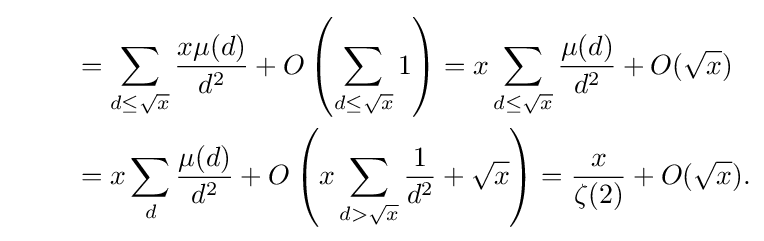
{\begin{aligned}{\phantom {Q(x)}}&=\sum _{d\leq {\sqrt {x}}}{\frac {x\mu (d)}{d^{2}}}+O\left(\sum _{d\leq {\sqrt {x}}}1\right)=x\sum _{d\leq {\sqrt {x}}}{\frac {\mu (d)}{d^{2}}}+O({\sqrt {x}})\\&=x\sum _{d}{\frac {\mu (d)}{d^{2}}}+O\left(x\sum _{d>{\sqrt {x}}}{\frac {1}{d^{2}}}+{\sqrt {x}}\right)={\frac {x}{\zeta (2)}}+O({\sqrt {x}}).\end{aligned}}